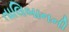
તાલિબાનની